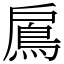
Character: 鳸